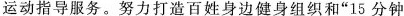
运动指导服务。努力打造百姓身边健身组织和”15分钟